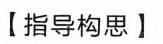
【指导构思】